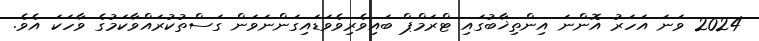
2024 ވަނަ އަހަރު އޮންނަ އިންތިޚާބުގައި ޓްރަމްޕް ބައިވެރިވެވަޑައިގަންނަވަން ގަސްތުކުރައްވާކަމުގެ ވާހަކަ އެވެ.